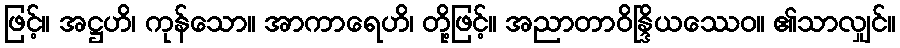
ဖြင့်။ အဋ္ဌဟိ၊ ကုန်သော။ အာကာရေဟိ၊ တို့ဖြင့်။ အညာတာဝိန္ဒြိယဿေဝ။ ၏သာလျှင်။